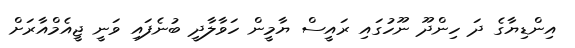
އިންޑިޔާގެ ދަ ހިންދޫ ނޫހުގައި ރައީސް ޔާމީން ހަވާލާދީ ބުނެފައި ވަނީ ޖީއެމްއާރަށް